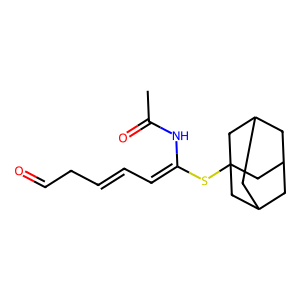
SMILES: CC(=O)NC(=CC=CCC=O)SC12CC3CC(CC(C3)C1)C2
Inhibits HIV replication: No